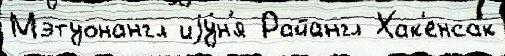
Мэтуонангл иjу́н'я Райангл Хак'енсак